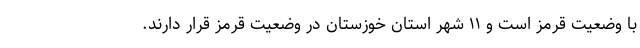
با وضعیت قرمز است و ۱۱ شهر استان خوزستان در وضعیت قرمز قرار دارند.